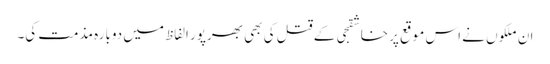
ان ملکوں نے اس موقع پر خاشقجی کے قتل کی بھی بھرپور الفاظ میں دوبارہ مذمت کی۔